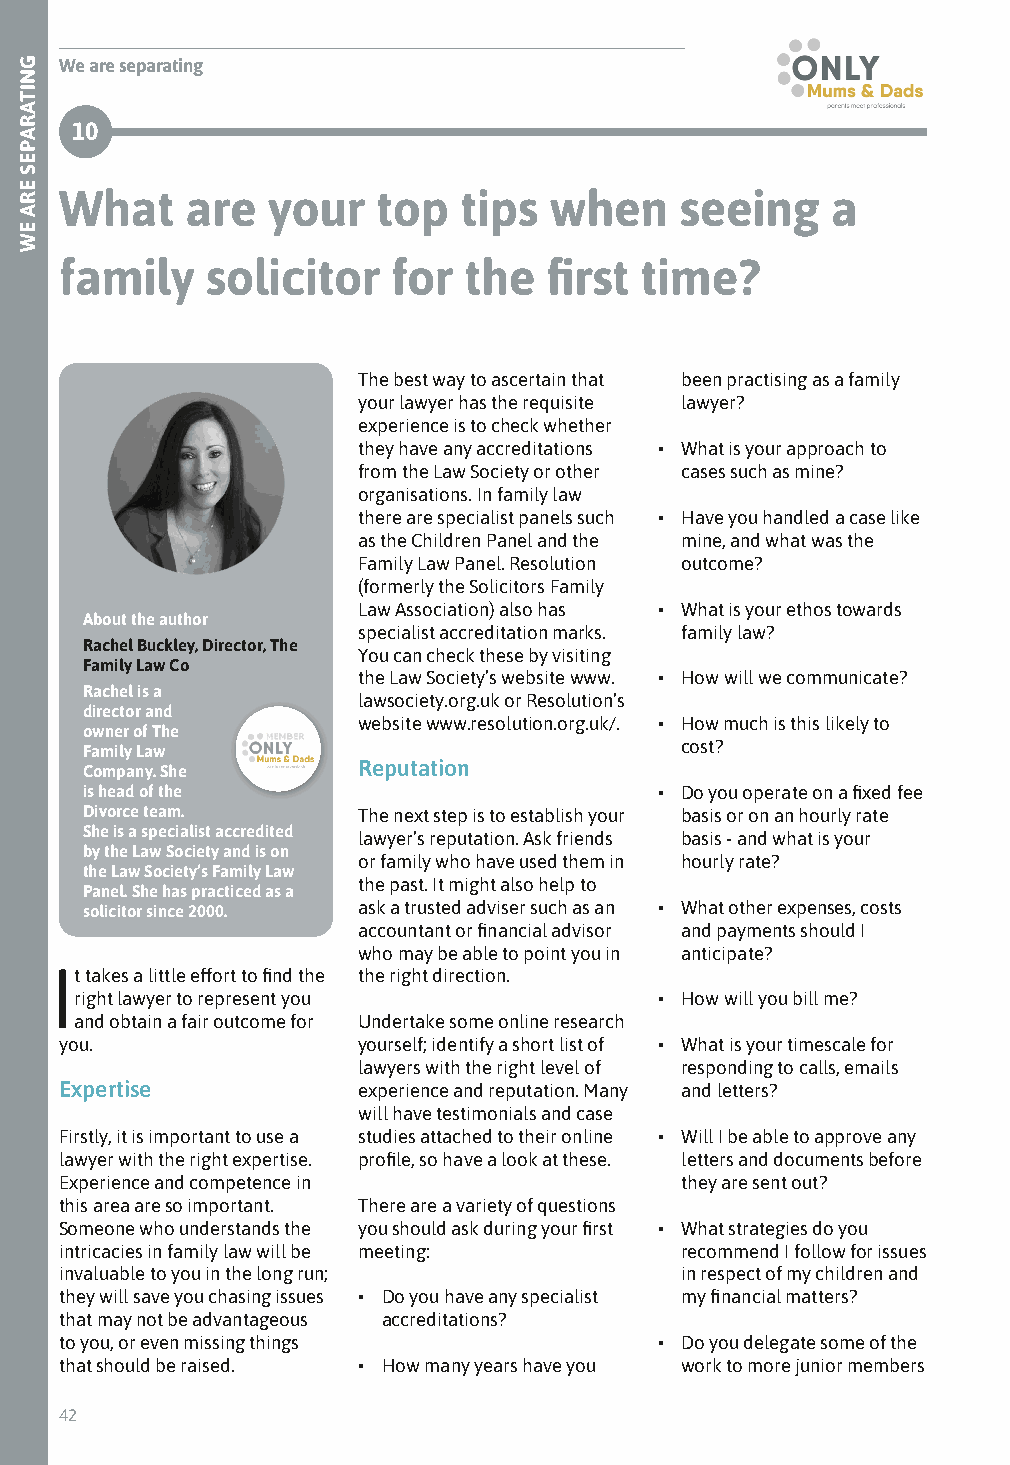
We are separating
 10
 What    are   your   top  tips  when     seeing    a
 family    solicitor   for  the  first time?
 The best way to ascertain that been practising as a family
 your lawyer has the requisite lawyer?
 experience is to check whether
 they have any accreditations • What is your approach to
 from the Law Society or other cases such as mine?
 organisations. In family law
 there are specialist panels such • Have you handled a case like
 as the Children Panel and the mine, and what was the
 Family Law Panel. Resolution outcome?
 (formerly the Solicitors Family
 Law Association) also has • What is your ethos towards
 About the author
 specialist accreditation marks. family law?
 Rachel Buckley, Director, The
 You can check these by visiting
 Family Law Co
 the Law Society’s website www. • How will we communicate?
 Rachel is a
 lawsociety.org.uk or Resolution’s
 director and
 website www.resolution.org.uk/. • How much is this likely to
 owner of The
 Family Law                              cost?
 Company. She       Reputation
 is head of the                         • Do you operate on a fixed fee
 Divorce team.      The next step is to establish your basis or on an hourly rate
 She is a specialist accredited lawyer’s reputation. Ask friends basis - and what is your
 by the Law Society and is on
 or family who have used them in hourly rate?
 the Law Society’s Family Law
 the past. It might also help to
 Panel. She has practiced as a
 solicitor since 2000. ask a trusted adviser such as an • What other expenses, costs
 accountant or financial advisor and payments should I
 who may be able to point you in anticipate?
 It takes a little effort to find the the right direction.
 right lawyer to represent you          • How will you bill me?
 and obtain a fair outcome for Undertake some online research
 you.                yourself; identify a short list of • What is your timescale for
 lawyers with the right level of responding to calls, emails
 Expertise           experience and reputation. Many and letters?
 will have testimonials and case
 Firstly, it is important to use a studies attached to their online • Will I be able to approve any
 lawyer with the right expertise. profile, so have a look at these. letters and documents before
 Experience and competence in             they are sent out?
 this area are so important. There are a variety of questions
 Someone who understands the you should ask during your first • What strategies do you
 intricacies in family law will be meeting: recommend I follow for issues
 invaluable to you in the long run;       in respect of my children and
 they will save you chasing issues • Do you have any specialist my financial matters?
 that may not be advantageous accreditations?
 to you, or even missing things          • Do you delegate some of the
 that should be raised. • How many years have you work to more junior members
 42
 GNITARAPES
 ERA
 EW